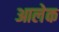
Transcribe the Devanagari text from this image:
आलेक